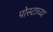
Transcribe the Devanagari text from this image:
पोस्टाच्या